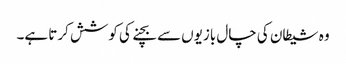
وہ شیطان کی چال بازیوں سے بچنے کی کوشش کرتا ہے۔